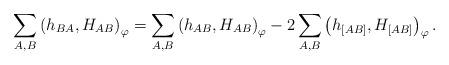
LaTeX: \begin{align*} \sum_{A ,B } \left( h_{B A } ,{H_{ A B }}\right)_{ \varphi } = \sum_{A ,B } \left( h_{A B } ,{H_{ A B }}\right)_{ \varphi } -2 \sum_{A ,B } \left( h_{[A B] } ,{H_{ [ A B] }}\right)_{ \varphi } . \end{align*}